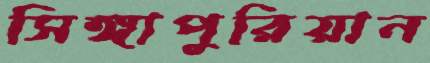
সিঙ্গাপুরিয়ান